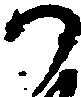
か